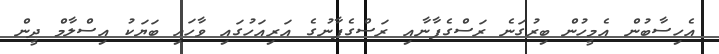
އެހިސާބުން އެމީހުން ބިރުގަނެ ރަސްގެފާނާއި ރަސްގެފާނުގެ އަރިއަހުގައި ވާހައި ބަޔަކު އިސްލާމް ދީން